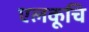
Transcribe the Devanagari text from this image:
एलकूचि